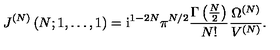
J ^ { ( N ) } \left( N ; 1 , \ldots , 1 \right) = \mathrm { i } ^ { 1 - 2 N } \pi ^ { N / 2 } \frac { \Gamma \left( { \textstyle { \frac { N } { 2 } } } \right) } { N ! } \frac { \Omega ^ { ( N ) } } { V ^ { ( N ) } } .